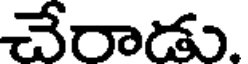
చేరాడు.